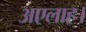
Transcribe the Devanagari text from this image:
अएलाह।